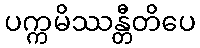
ပက္ကမိဿန္တီတိပေ